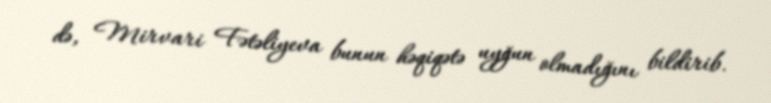
də, Mirvari Fətəliyeva bunun həqiqətə uyğun olmadığını bildirib.